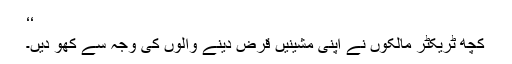
‘‘
کچھ ٹریکٹر مالکوں نے اپنی مشینیں قرض دینے والوں کی وجہ سے کھو دیں۔